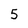
Character: 5